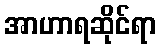
အာဟာရဆိုင်ရာ